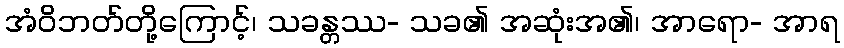
အံဝိဘတ်တို့ကြောင့်၊ သခန္တဿ- သခ၏ အဆုံးအ၏၊ အာရော- အာရ